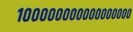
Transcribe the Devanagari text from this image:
१०००००००००००००००००